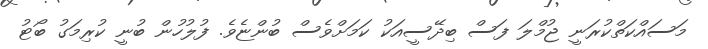
މަސައްކަތްކުރަނީ ޖުމްލަ ފަސް ބިދޭސީއަކު ކަމަށްވެސް ބުންޏެވެ. ފުލުހުން ބުނީ ކުރިމަގު ބޯޓު